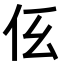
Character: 𠇓